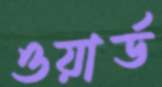
ওয়ার্ড